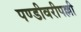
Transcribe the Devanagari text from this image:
पण्डीवरीपल्ली